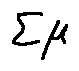
\sum \mu